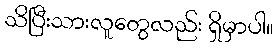
သိပြီးသားလူတွေလည်း ရှိမှာပါ။